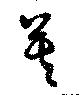
莫